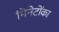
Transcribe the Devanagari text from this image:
मिनेटोंका